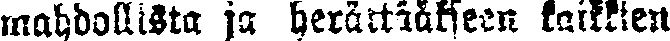
mahdollista ja herättääkseen kaikkien